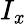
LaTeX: I_{\mathit{x}}